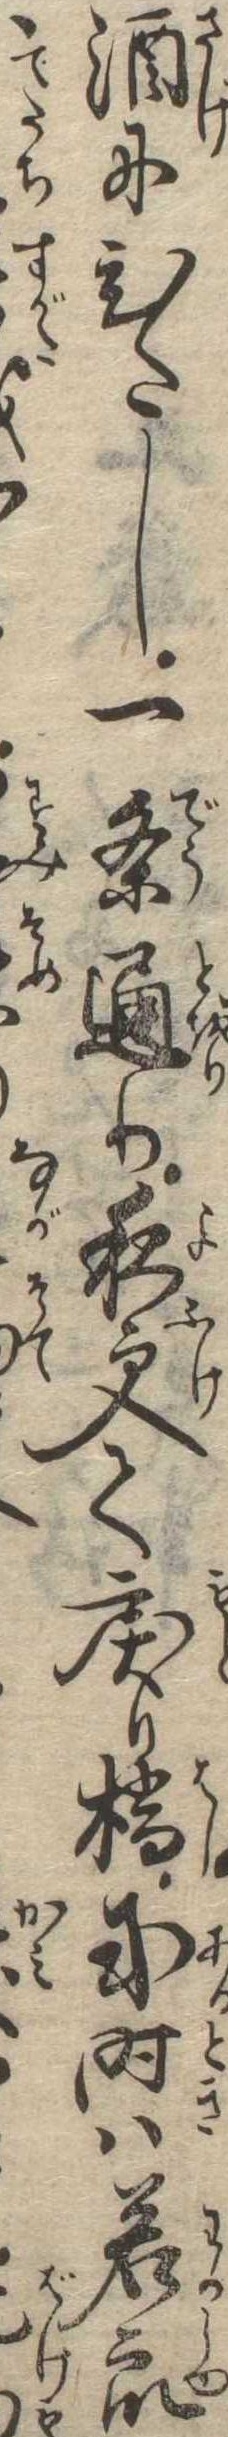
酒にひたし一条通り夜更て戻り橋或時は若衆